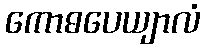
ကောဓပေယျာလံ